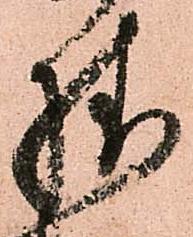
様